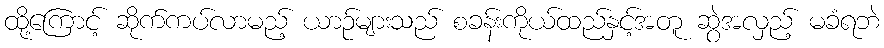
ထို့ကြောင့် ဆိုက်ကပ်လာမည့် ယာဉ်များသည် စခန်းကိုယ်ထည်နှင့်အတူ ဆွဲအလှည့် မခံရဘဲ